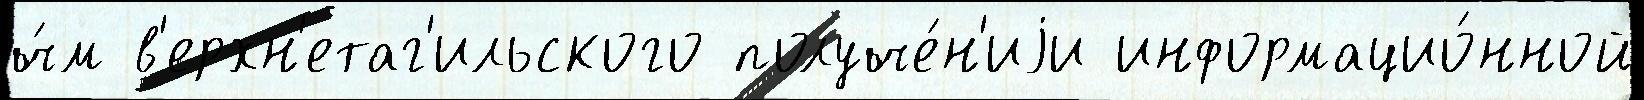
ч́м в'ерхн'етаг'ильского получе́н'иjи информацио́нной